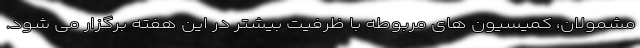
مشمولان، کمیسیون های مربوطه با ظرفیت بیشتر در این هفته برگزار می شود.